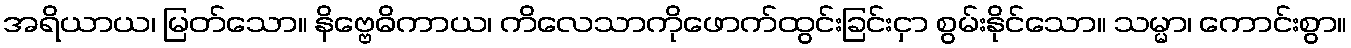
အရိယာယ၊ မြတ်သော။ နိဗ္ဗေဓိကာယ၊ ကိလေသာကိုဖောက်ထွင်းခြင်းငှာ စွမ်းနိုင်သော။ သမ္မာ၊ ကောင်းစွာ။